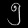
Digit: ၅